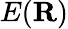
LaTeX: E(\textbf{R})